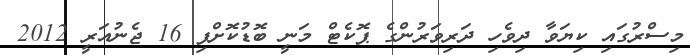
މިސްރުގައި ކިޔަވާ ދިވެހި ދަރިވަރުންގެ ޕޮކެޓް މަނީ ބޮޑުކޮށްފި 16 ޖެނުއަރީ 2012